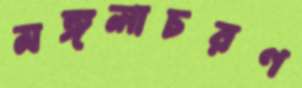
মঙ্গলাচরণ